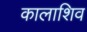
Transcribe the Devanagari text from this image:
कालाशिव